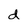
Character: d